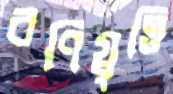
বণিগ্বৃত্তি